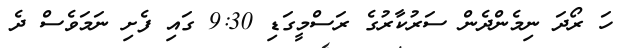
ހަ ރޯދަ ނިމެންދެން ސަރުކާރުގެ ރަސްމީގަޑި 9:30 ގައި ފެށި ނަމަވެސް ދެ